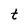
Character: t